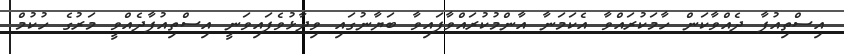
އިސްތިއުފާ ދެއްވާކަން ހާމަކުރައްވާ އެކަމަނާ އާންމުކުރައްވާފައިވާ ބަޔާނުގައި ވިދާޅުވެފައިވަނީ އިސްތިއުފާދެއްވީ މަރުގެ ހުކުމް